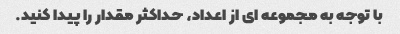
با توجه به مجموعه ای از اعداد، حداکثر مقدار را پیدا کنید.